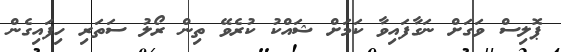
ޕޮލިސް ވަގަށް ނަގާފައިވާ ކަމަށް ޝައްކު ކުރެވޭ ތިން ރޯލު ސަތަރި ހިފައިގެން